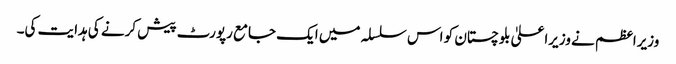
وزیراعظم نے وزیراعلیٰ بلوچستان کو اس سلسلہ میں ایک جامع رپورٹ پیش کرنے کی ہدایت کی۔